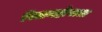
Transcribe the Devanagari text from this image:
पितामहोपात्त